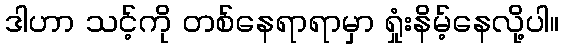
ဒါဟာ သင့်ကို တစ်နေရာရာမှာ ရှုံးနိမ့်နေလို့ပါ။